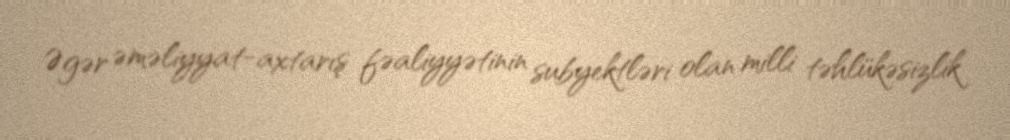
Əgər əməliyyat-axtarış fəaliyyətinin subyektləri olan milli təhlükəsizlik